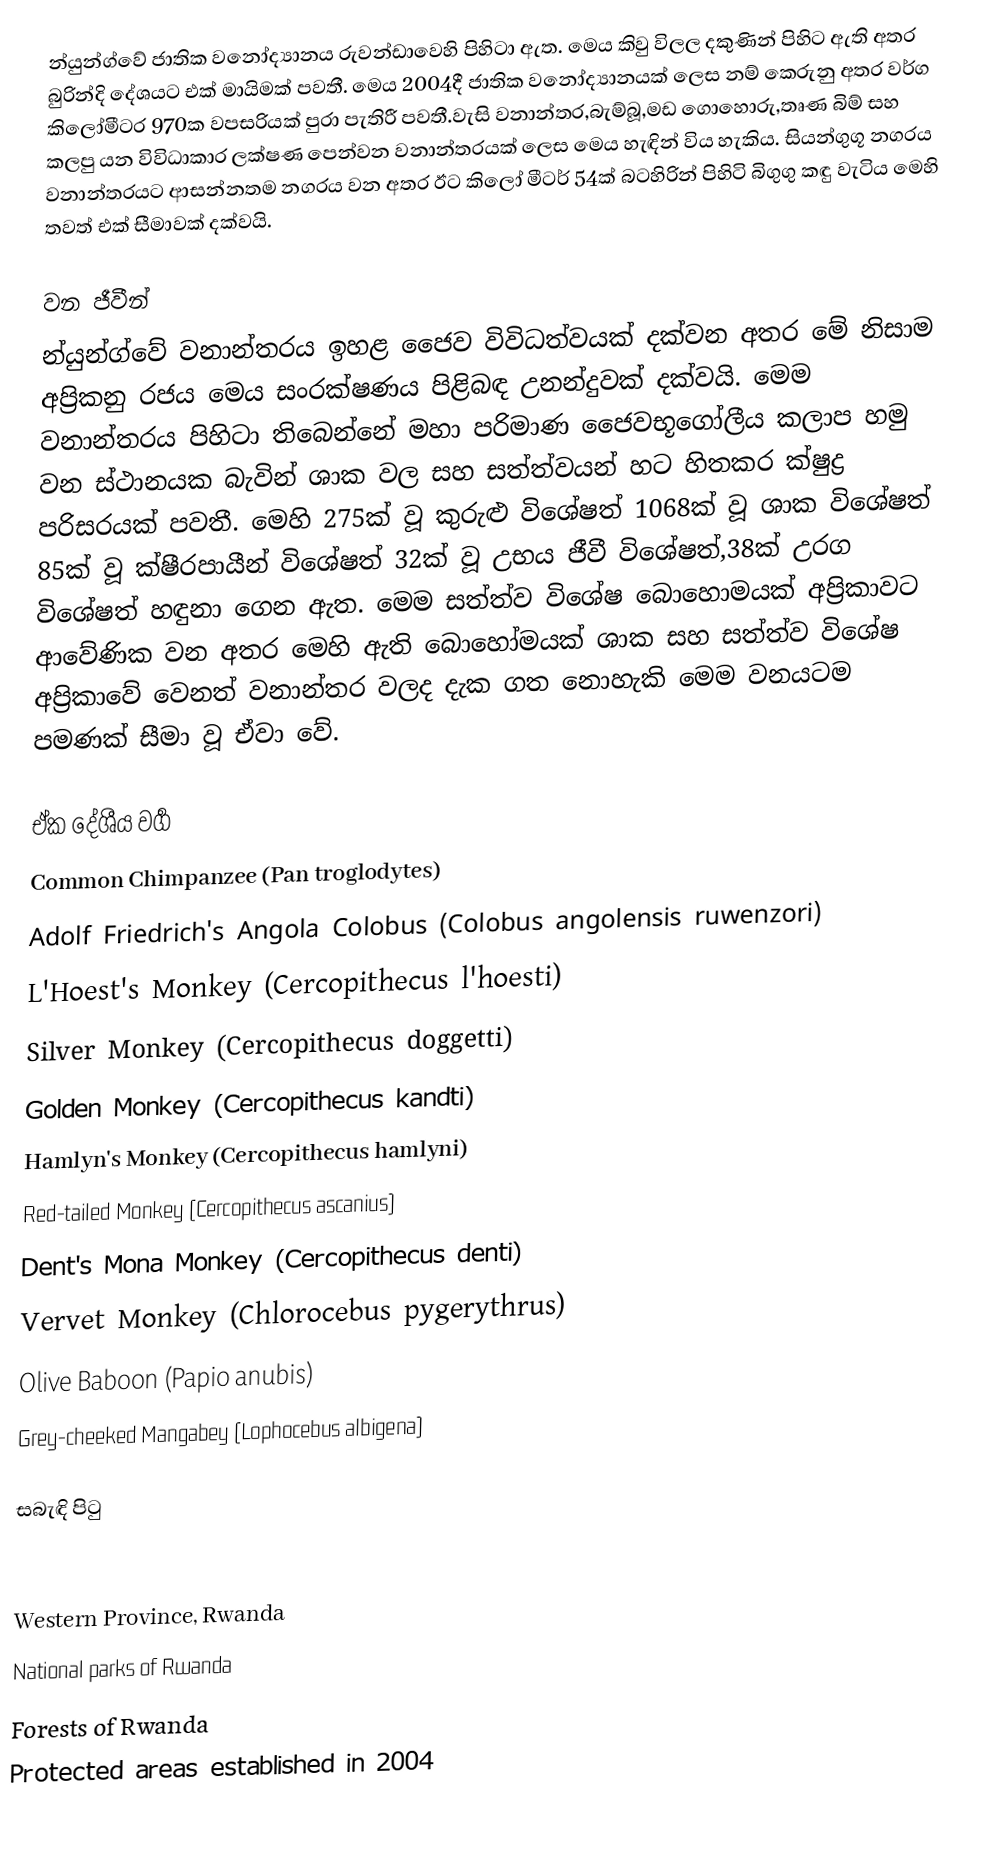
න්යුන්ග්වේ ජාතික වනෝද්‍යානය රුවන්ඩාවෙහි පිහිටා ඇත. මෙය කිවු විලල දකුණින් පිහිට ඇති අතර බුරින්දි දේශයට එක් මායිමක් පවතී. මෙය 2004දී ජාතික වනෝද්‍යානයක් ලෙස නම් කෙරුනු අතර වර්ග කිලෝමීටර 970ක වපසරියක් පුරා පැතිරී පවතී.වැසි වනාන්තර,බැම්බූ,මඩ ගොහොරු,තෘණ බිම් සහ කලපු යන විවිධාකාර ලක්ෂණ පෙන්වන වනාන්තරයක් ලෙස මෙය හැඳින් විය හැකිය. සියන්ගුගූ නගරය වනාන්තරයට ආසන්නතම නගරය වන අතර ඊට කිලෝ මීටර් 54ක් බටහිරින් පිහිටි බිගුගු කඳු වැටිය මෙහි තවත් එක් සීමාවක් දක්වයි.

වන ජීවීන්
න්යුන්ග්වේ වනාන්තරය ඉහළ ජෛව විවිධත්වයක් දක්වන අතර මේ නිසාම අප්‍රිකනු රජය මෙය සංරක්ෂණය පිළිබඳ උනන්දුවක් දක්වයි. මෙම වනාන්තරය පිහිටා තිබෙන්නේ මහා පරිමාණ ජෛවභූගෝලීය කලාප හමු වන ස්ථානයක බැවින් ශාක වල සහ සත්ත්වයන් හට හිතකර ක්ෂුද්‍ර පරිසරයක් පවතී. මෙහි 275ක් වූ කුරුළු විශේෂත් 1068ක් වූ ශාක විශේෂත් 85ක් වූ ක්ෂීරපායීන් විශේෂත් 32ක් වූ උභය ජීවී විශේෂත්,38ක් උරග විශේෂත් හඳුනා ගෙන ඇත. මෙම සත්ත්ව විශේෂ බොහොමයක් අප්‍රිකාවට ආවේණික වන අතර මෙහි ඇති බොහෝමයක් ශාක සහ සත්ත්ව විශේෂ අප්‍රිකාවේ වෙනත් වනාන්තර වලද දැක ගත නොහැකි මෙම වනයටම පමණක් සීමා වූ ඒවා වේ.

ඒක දේශීය වගර්‍
Common Chimpanzee (Pan troglodytes)
Adolf Friedrich's Angola Colobus (Colobus angolensis ruwenzori)
L'Hoest's Monkey (Cercopithecus l'hoesti)
Silver Monkey (Cercopithecus doggetti)
Golden Monkey (Cercopithecus kandti)
Hamlyn's Monkey (Cercopithecus hamlyni)
Red-tailed Monkey (Cercopithecus ascanius)
Dent's Mona Monkey (Cercopithecus denti)
Vervet Monkey (Chlorocebus pygerythrus)
Olive Baboon (Papio anubis)
Grey-cheeked Mangabey (Lophocebus albigena)

සබැඳි පිටු

Western Province, Rwanda
National parks of Rwanda
Forests of Rwanda
Protected areas established in 2004